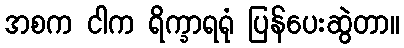
အစက ငါက ရိက္ခာရရုံ ပြန်ပေးဆွဲတာ။